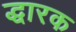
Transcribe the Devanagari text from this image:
द्धारक